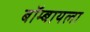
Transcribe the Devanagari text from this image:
बॉम्बायला